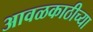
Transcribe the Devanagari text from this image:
आवळकाठीच्या